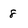
Character: 8